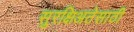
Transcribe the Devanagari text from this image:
सुरक्षिअतेसाठी